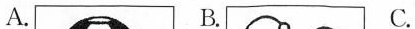
A. B. C.